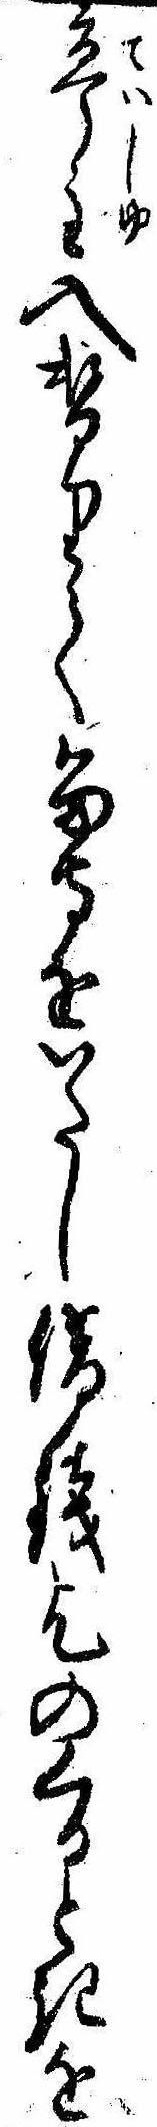
亭主入替りて留守をいたし借銭乞のくるときを